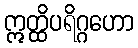
ဣတ္ထိပရိဂ္ဂဟော